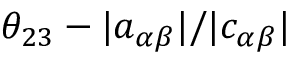
\theta _ { 2 3 } - | a _ { \alpha \beta } | / | c _ { \alpha \beta } |